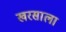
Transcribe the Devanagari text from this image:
खरसाला